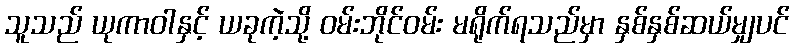
သူသည် ယုကာဝါနှင့် ယခုကဲ့သို့ ဝမ်းဘိုင်ဝမ်း မရိုက်ရသည်မှာ နှစ်နှစ်ဆယ်မျှပင်